Senior Leaving Certificate Examination (including Day School Certificate (Higher) General paper), 1946
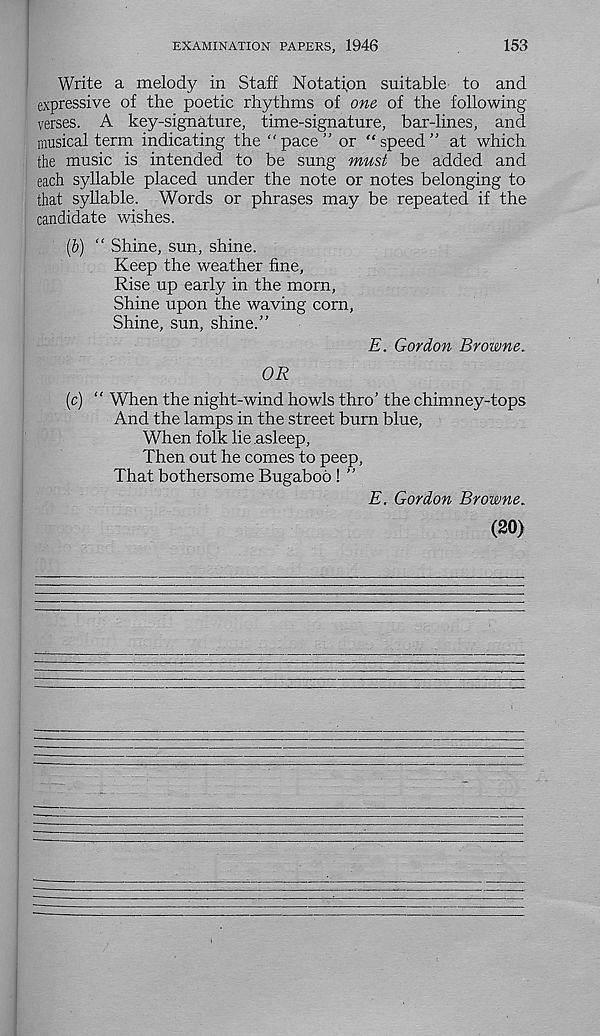
EXAMINATION PAPERS, 1946
153
Write a melody in Staff Notation suitable to and
expressive of the poetic rhythms of one of the following
verses. A key-signature, time-signature, bar-lines, and
musical term indicating the “pace” or “speed” at which
the music is intended to be sung must be added and
each syllable placed under the note or notes belonging to
that syllable. Words or phrases may be repeated if the
candidate wishes.
(6) “ Shine, sun, shine.
Keep the weather fine.
Rise up early in the morn.
Shine upon the waving corn,
Shine, sun, shine.”
E. Gordon Browne.
OR
(c) “ When the night-wind howls thro’ the chimney-tops
And the lamps in the street burn blue,
When folk lie .asleep,
Then out he comes to peep,
That bothersome Bugaboo ! ”
E. Gordon Browne.
(20)